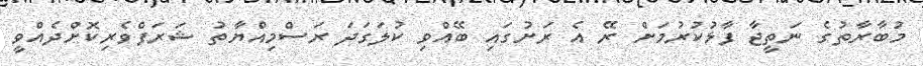
މުބާރާތުގެ ނަތީޖާ ފާޅުކުރުމަށް ރޭ އެ ރަށުގައި ބޭއްވި ކުލަގަދަ ރަސްމިއްޔާތު ޝަރަފްވެރިކޮށްދެއްވީ